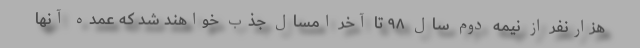
هزارنفر از نیمه دوم سال ۹۸ تا آخر امسال جذب خواهند شد که عمده آنها